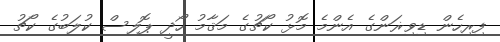
ފިރިހެން ޑިވިޜަންގެ އެންމެ މޮޅު ކޯޗުގެ މަޤާމު ހޯދީ ޕޮލިސް ކުލަބުގެ ކޯޗު